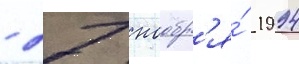
- 27 ноабр'я́ 1994